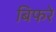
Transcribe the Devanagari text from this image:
बिफरे